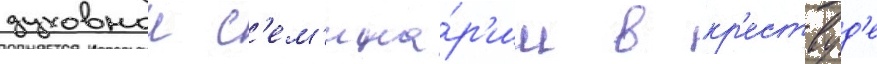
духовнои с'ем'ина́р'ии в кр'ествуд'е